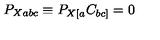
P _ { X a b c } \equiv P _ { X [ a } C _ { b c ] } = 0